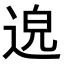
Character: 𨓅